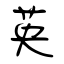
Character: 英